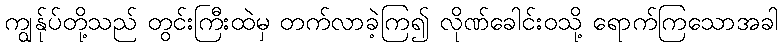
ကျွန်ုပ်တို့သည် တွင်းကြီးထဲမှ တက်လာခဲ့ကြ၍ လိုဏ်ခေါင်းဝသို့ ရောက်ကြသောအခါ